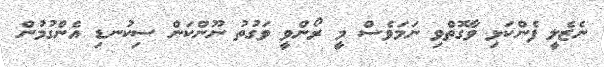
ނެޒެލީ ފެންކަޅި ވާގޮތްވި ނަމަވެސް މީ ރޯންވީ ވަގުތު ނޫންކަން ސިކުނޑި އެންގުމުން